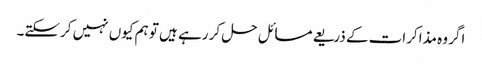
اگر وہ مذاکرات کے ذریعے مسائل حل کر رہے ہیں تو ہم کیوں نہیں کرسکتے۔